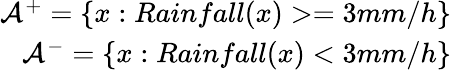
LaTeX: \begin{array}{r}{\mathcal{A}^{+}=\{ x:Rainfall(x)>=3mm/h\} }\\ {\mathcal{A}^{-}=\{ x:Rainfall(x)<3mm/h\} }\end{array}